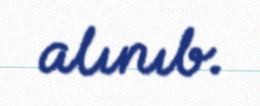
alınıb.